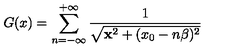
G ( x ) = \sum _ { n = - \infty } ^ { + \infty } \frac { 1 } { \sqrt { { \bf x } ^ { 2 } + ( x _ { 0 } - n \beta ) ^ { 2 } } }